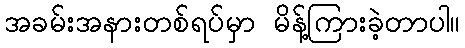
အခမ်းအနားတစ်ရပ်မှာ မိန့်ကြားခဲ့တာပါ။